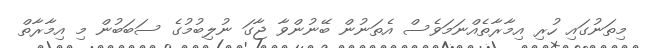
މިތަނުގައި ހުރި އިމާރާތެއްނަމަވެސް އެތަނުން ބޭނުންވާ ޖާގަ ނުލިބުމުގެ ސަބަބުން މި އިމާރާތް